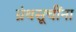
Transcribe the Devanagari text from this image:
ग्रंथसूचींना